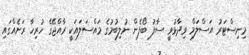
މިނިސްޓަރު އަސްލަމް ވިދާޅުވީ ސާފު ބޯފެން ނުލިބުމުގެ މައްސަލައަކީ ރާއްޖޭގެ ހުރިހާ ރަށެއްގައި